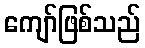
ကျော်ဖြစ်သည်